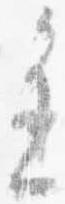
進